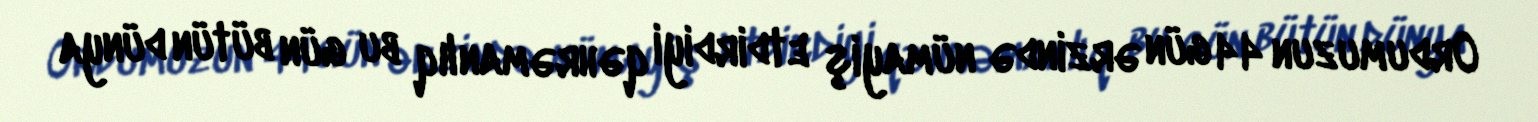
Ordumuzun 44 gün ərzində nümayiş etdirdiyi qəhrəmanlıq bu gün bütün dünya